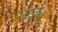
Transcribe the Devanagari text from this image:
धरुवा